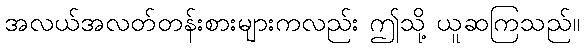
အလယ်အလတ်တန်းစားများကလည်း ဤသို့ ယူဆကြသည်။